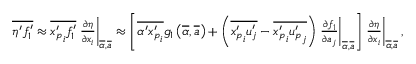
\begin{array} { r } { \overline { { \eta ^ { \prime } f _ { 1 } ^ { \prime } } } \approx \overline { { { x _ { p } ^ { \prime } } _ { i } f _ { 1 } ^ { \prime } } } \left. \frac { \partial \eta } { \partial x _ { i } } \right| _ { \overline { { \alpha } } , \overline { { \boldsymbol { a } } } } \approx \left[ \overline { { \alpha ^ { \prime } { x _ { p } ^ { \prime } } _ { i } } } g _ { 1 } \left( \overline { { \alpha } } , \overline { { \boldsymbol a } } \right) + \left( \overline { { { x _ { p } ^ { \prime } } _ { i } u _ { j } ^ { \prime } } } - \overline { { { x _ { p } ^ { \prime } } _ { i } { u _ { p } ^ { \prime } } _ { j } } } \right) \left. \frac { \partial f _ { 1 } } { \partial a _ { j } } \right| _ { \overline { { \alpha } } , \overline { { \boldsymbol { a } } } } \right] \left. \frac { \partial \eta } { \partial x _ { i } } \right| _ { \overline { { \alpha } } , \overline { { \boldsymbol { a } } } } , } \end{array}